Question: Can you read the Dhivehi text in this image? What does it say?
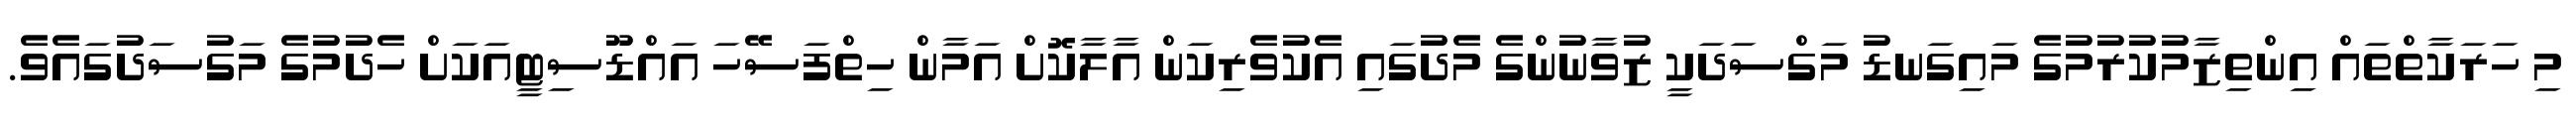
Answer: މި ހަރަކާތްތައް އިންތިޒާމުކުރުމުގެ މައިގަނޑު މަގްސަދަކީ ޒުވާނުންގެ މެދުގައި އެކުވެރިކަން އާލާކޮށް އަމާން ހިތްފަސޭހަ އައްޑޫސިޓީއަކަށް ހެދުމުގެ މަގުސަދުގައެވެ.